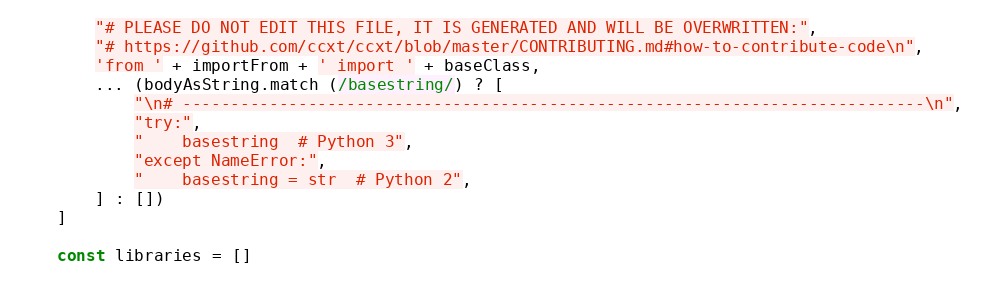
Language: JavaScript
        "# PLEASE DO NOT EDIT THIS FILE, IT IS GENERATED AND WILL BE OVERWRITTEN:",
        "# https://github.com/ccxt/ccxt/blob/master/CONTRIBUTING.md#how-to-contribute-code\n",
        'from ' + importFrom + ' import ' + baseClass,
        ... (bodyAsString.match (/basestring/) ? [
            "\n# -----------------------------------------------------------------------------\n",
            "try:",
            "    basestring  # Python 3",
            "except NameError:",
            "    basestring = str  # Python 2",
        ] : [])
    ]

    const libraries = []